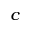
^ c